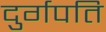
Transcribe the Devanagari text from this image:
दुर्गपति